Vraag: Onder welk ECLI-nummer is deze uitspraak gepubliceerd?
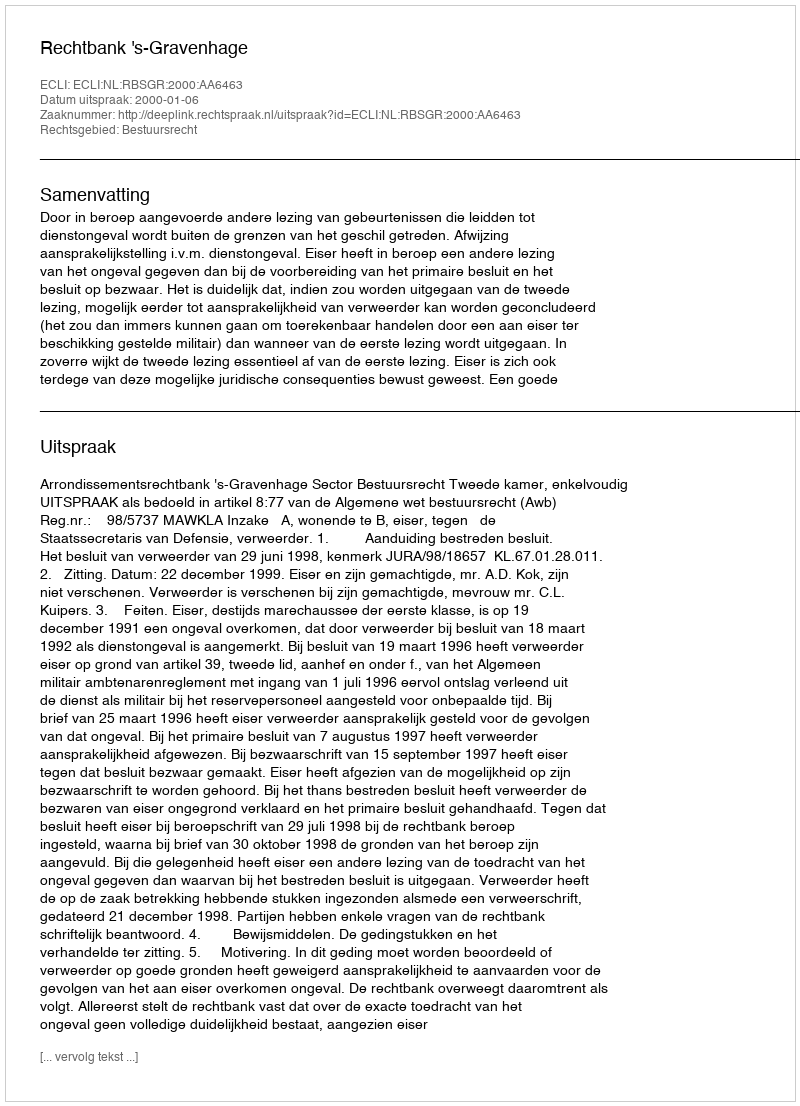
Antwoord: ECLI:NL:RBSGR:2000:AA6463